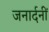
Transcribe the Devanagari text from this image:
जनार्दनीं